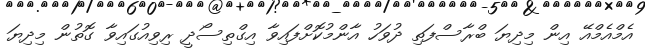
އެމްއެމްއޭ އިން މިދިޔަ ބްރާސްފަތި ދުވަހު އާންމުކޮށްފައިވާ އިގްތިސޯދީ ރިވިއުގައިވާ ގޮތުން މިދިޔަ